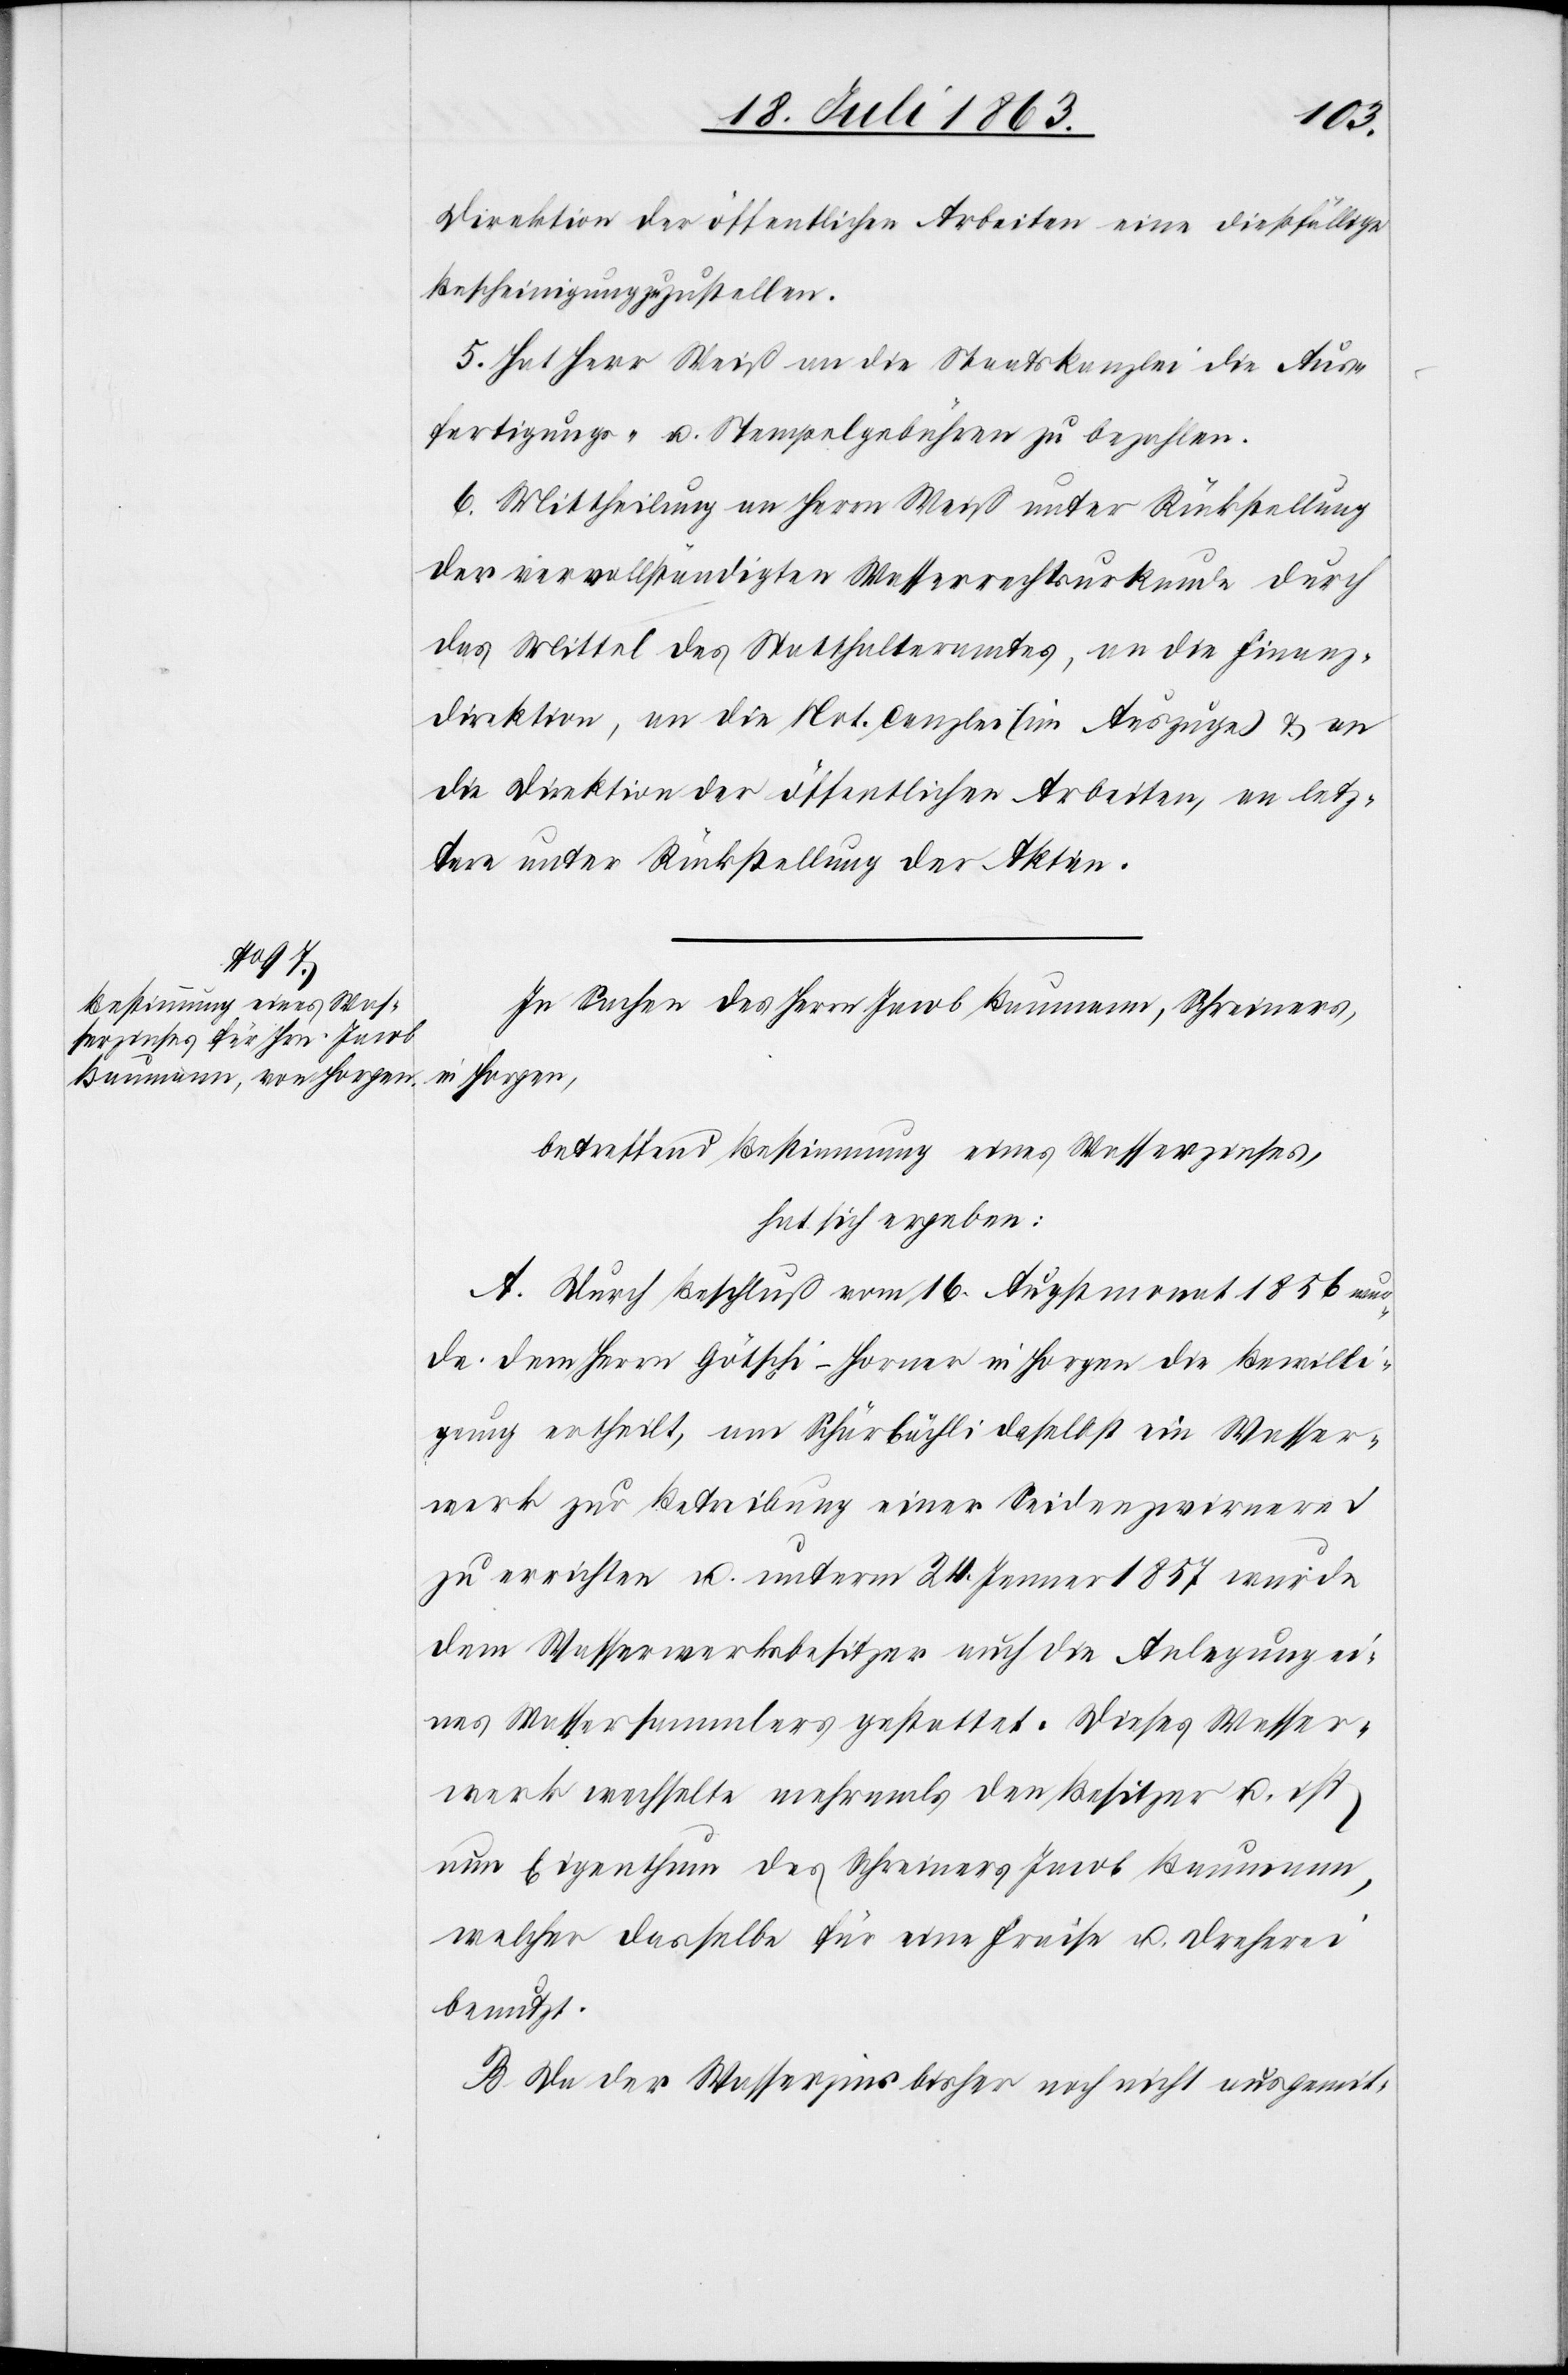
Direktion der öffentlichen Arbeiten eine dießfällige
Bescheinigung zuzustellen.
5. Hat Herr Weiß an die Staatskanzlei die Aus¬
fertigungs- u. Stempelgebühren zu bezahlen.
6. Mittheilung an Herrn Weiß unter Rückstellung
der vervollständigten Wasserrechtsurkunde durch
das Mittel des Statthalteramtes, an die Finanz¬
direktion, an die Not. Canzlei (im Auszuge) & an
die Direktion der öffentlichen Arbeiten, an letz¬
tere unter Rückstellung der Akten.
In Sachen des Herrn Jacob Baumann, Schreiners,
in Horgen,
betreffend Bestimmung eines Wasserzinses,
hat sich ergeben:
A. Durch Beschluß vom 16. Augstmonat 1856 wur¬
de dem Herrn Götschi-Horner in Horgen die Bewilli¬
gung ertheilt, am Schärbächli daselbst ein Wasser¬
werk zur Betreibung einer Seidenzwirnerei
zu errichten u. unterm 24. Jenner 1857 wurde
dem Wasserwerksbesitzer auch die Anlegung ei¬
nes Wassersammlers gestattet. Dieses Wasser¬
werk wechselte mehrmals den Besitzer u. ist
nun Eigenthum des Schreiners Jacob Baumann,
welcher dasselbe für eine Fraise u. Dreherei
benutzt.
B. Da der Wasserzins bisher noch nicht ausgemit-